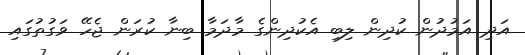
އަދި އަމުދުން ކުދިން ލިބި އެކުދިންގެ މާދަމާ ބިނާ ކުރަން ޖެހޭ ވަގުތުގައި